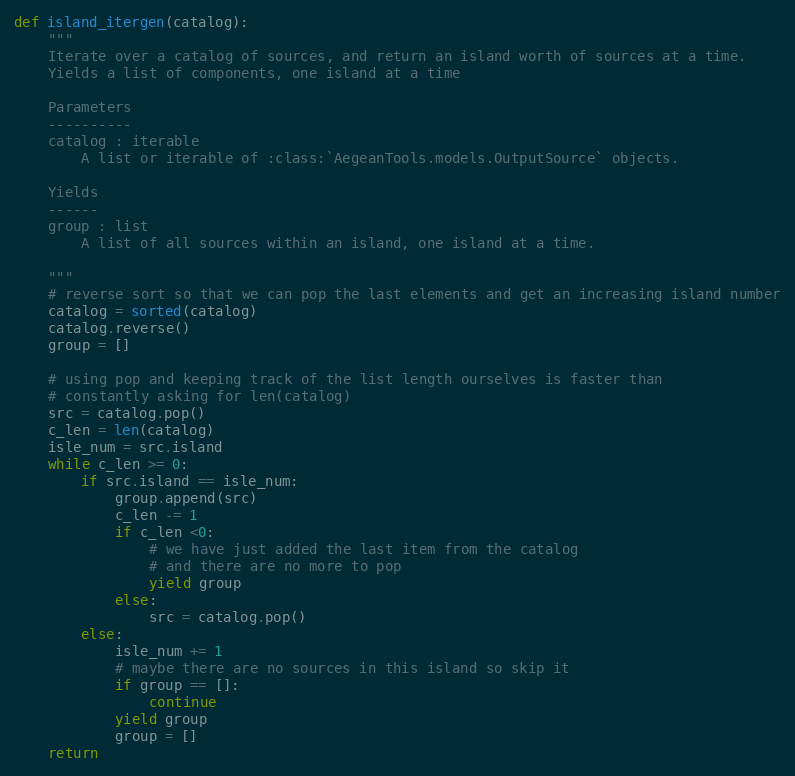
Language: Python
def island_itergen(catalog):
    """
    Iterate over a catalog of sources, and return an island worth of sources at a time.
    Yields a list of components, one island at a time

    Parameters
    ----------
    catalog : iterable
        A list or iterable of :class:`AegeanTools.models.OutputSource` objects.

    Yields
    ------
    group : list
        A list of all sources within an island, one island at a time.

    """
    # reverse sort so that we can pop the last elements and get an increasing island number
    catalog = sorted(catalog)
    catalog.reverse()
    group = []

    # using pop and keeping track of the list length ourselves is faster than
    # constantly asking for len(catalog)
    src = catalog.pop()
    c_len = len(catalog)
    isle_num = src.island
    while c_len >= 0:
        if src.island == isle_num:
            group.append(src)
            c_len -= 1
            if c_len <0:
                # we have just added the last item from the catalog
                # and there are no more to pop
                yield group
            else:
                src = catalog.pop()
        else:
            isle_num += 1
            # maybe there are no sources in this island so skip it
            if group == []:
                continue
            yield group
            group = []
    return